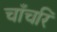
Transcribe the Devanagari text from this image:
चाँचरि